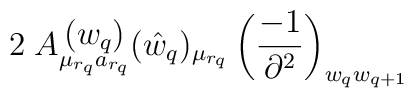
2\;A\raisebox{-4pt}{$\stackrel{\displaystyle{(w_q)}}{\scriptstyle{\mu_{r_q} a_{r_q}}}$}(\hat{w}_q)_{\mu_{r_q}}\left(\frac{-1}{\partial^2}\right)_{w_qw_{q+1}}